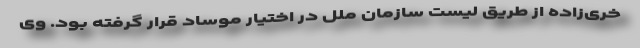
خری‌زاده از طریق لیست سازمان ملل در اختیار موساد قرار گرفته بود. وی